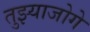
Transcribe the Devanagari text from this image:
तुझ्याजोगे